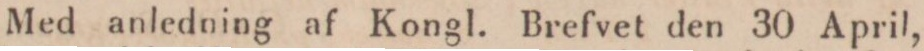
Med anledning af Kongl. Brefvet den 30 April,